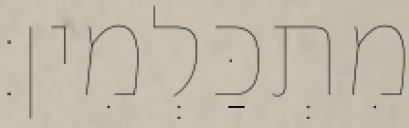
מִתְכַּלְמִין׃